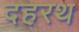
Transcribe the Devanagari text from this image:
दहरथ